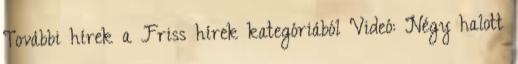
További hírek a Friss hírek kategóriából Videó: Négy halott